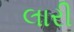
લારી